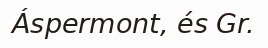
Áspermont, és Gr.